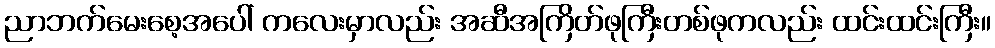
ညာဘက်မေးစေ့အပေါ် ကလေးမှာလည်း အဆီအကြိတ်ဖုကြီးတစ်ဖုကလည်း ထင်းထင်းကြီး။